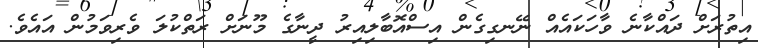
އިތުރަށް ދައްކާނެ ވާހަކައެއް ނޭނގިގެން އިސްއޮބާލިއިރު ދީނާގެ މޫނަށް ރަތްކުލަ ވެރިވަމުން އައެވެ.